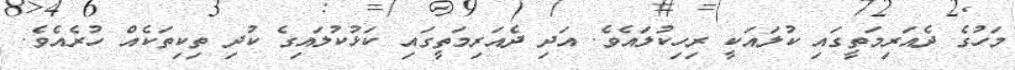
މަހުގެ ދެއަރިމަތީގައި ކުލައަކީ ރިހިކުލައެވެ. އަދި ދެއަރިމަތީގައި ކަޅުކުލައިގެ ކުދި ތިކިތަކެއް ހުރެއެވެ.